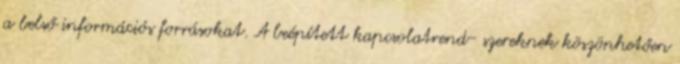
a belső információs forrásokat. A beépített kapcsolatrend- szereknek köszönhetően